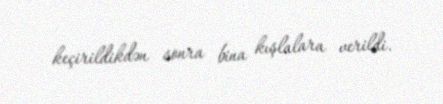
keçirildikdən sonra bina kışlalara verildi.